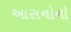
આસનોનો